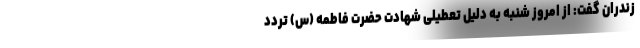
زندران گفت: از امروز شنبه به دلیل تعطیلی شهادت حضرت فاطمه (س) تردد